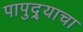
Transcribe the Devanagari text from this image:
पापुद्र्याचा